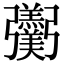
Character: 𢑌